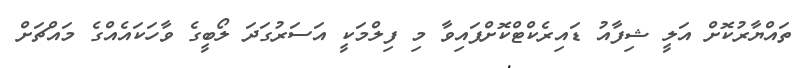
ތައްޔާރުކޮށް އަލީ ޝިފާއު ޑައިރެކްޓްކޮށްފައިވާ މި ފިލްމަކީ އަސަރުގަދަ ލޯބީގެ ވާހަކައެއްގެ މައްޗަށް